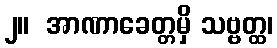
၂။  အာဏာခေတ္တမှိ သဗ္ဗတ္ထ၊